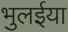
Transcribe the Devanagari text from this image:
भुलईया